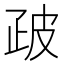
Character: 𭼀